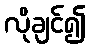
လိုချင်၍